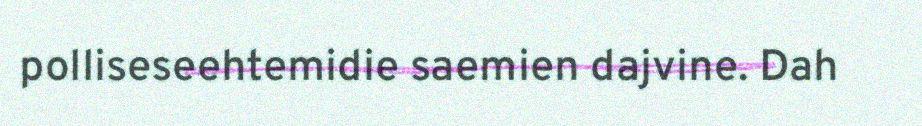
polliseseehtemidie saemien dajvine. Dah